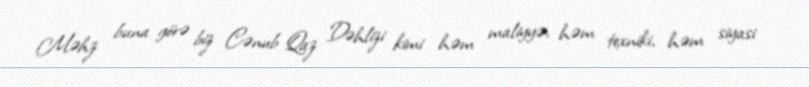
Məhz buna görə biz Cənub Qaz Dəhlizi kimi həm maliyyə, həm texniki, həm siyasi